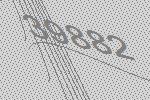
39882